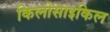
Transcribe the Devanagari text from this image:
किलोसाइकिल